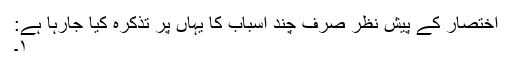
اختصار کے پیش نظر صرف چند اسباب کا یہاں پر تذکرہ کیا جارہا ہے:
۱۔